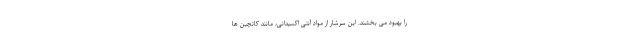
را بهبود می بخشند. این سرشار از مواد آنتی اکسیدانی، مانند کاتچین ها